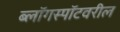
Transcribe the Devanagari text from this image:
ब्लॉगस्पॉटवरील